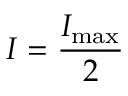
I = \frac { I _ { \mathrm { m a x } } } { 2 }